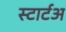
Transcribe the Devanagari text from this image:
स्टार्टअ